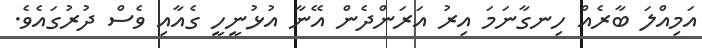
އަމިއްލަ ބާރެއް ހިނގާނަމަ އިރު އަރަންދެން އޭނާ އުޅުނީހީ ގެއާއި ވެސް ދުރުގައެވެ.